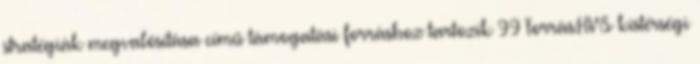
stratégiák megvalósítása című támogatási forráshoz tartozik 99 Forrás:HVS kistérségi